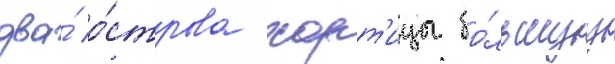
два́ о́строва хорт'ицы бо́льшуу